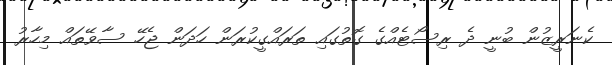
ކެނަރީޒުން ބުނީ ދެ ރިސޯޓެއްގެ ގޮތުގައި ތަރައްގީކުރަން ހަދަން ޖެހޭ ސާވޭތައް މިހާރު